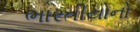
ભારતીયોનો